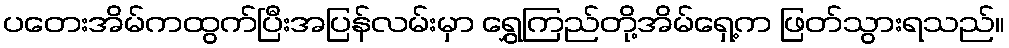
ပတေးအိမ်ကထွက်ပြီးအပြန်လမ်းမှာ ရွှေကြည်တို့အိမ်ရှေ့က ဖြတ်သွားရသည်။